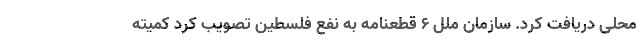
محلی دریافت کرد. سازمان ملل ۶ قطعنامه به نفع فلسطین تصویب کرد کمیته